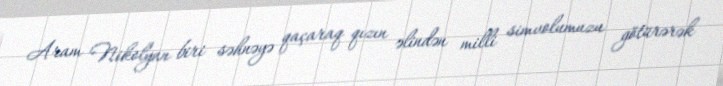
Aram Nikolyan biri səhnəyə qaçaraq qızın əlindən milli simvolumuzu götürərək